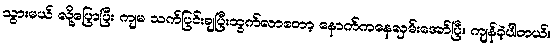
သွားမယ် လို့ပြောပြီး ကျမ သက်ပြင်းချပြီးထွက်လာတော့ နောက်ကနေလှမ်းအော်ပြီး ကျန်ခဲ့ပါတယ်။